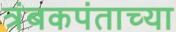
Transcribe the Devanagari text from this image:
त्रंबकपंताच्या